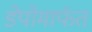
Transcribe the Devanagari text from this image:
डेपोमार्फत